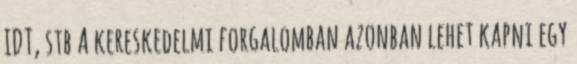
IDT, stb A kereskedelmi forgalomban azonban lehet kapni egy